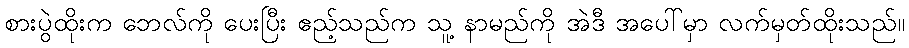
စားပွဲထိုးက ဘေလ်ကို ပေးပြီး ဧည့်သည်က သူ့ နာမည်ကို အဲဒီ အပေါ်မှာ လက်မှတ်ထိုးသည်။